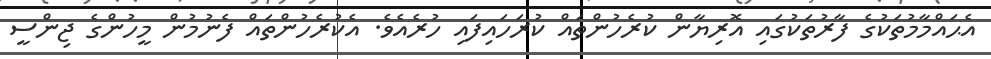
އެޙައްމާމުތަކުގެ ފާރުތަކުގައި އޮރިޔާން ކުރެހުންތައް ކުރަހައިފައި ހުރެއެވެ. އެކުރެހުންތައް ފެނުމުން މީހުންގެ ޖިންސީ